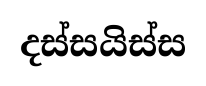
දස්සයිස්ස